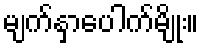
မျက်နှာပေါက်မျိုး။